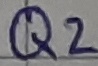
Text: Q2